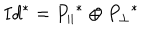
LaTeX: I d ^ { * } = { P _ { \parallel } } ^ { * } \oplus { P _ { \perp } } ^ { * }